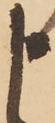
申